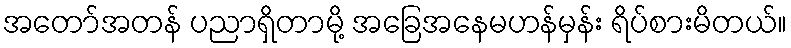
အတော်အတန် ပညာရှိတာမို့ အခြေအနေမဟန်မှန်း ရိပ်စားမိတယ်။